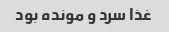
غذا سرد و مونده بود